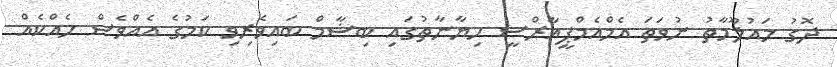
ދޮގު މައުލޫމާތު ނުވަތަ އެމްއެމްޕީއާރްސީ ހިޔާނާތުގައި ބިޝާމް ބައިވެރިވި ކަމުގެ އެއްވެސް ހެއްކެއް